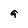
Character: g